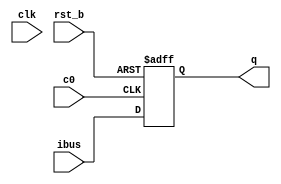
module reg_m(
  input clk, rst_b, c0, 
  input [7:0] ibus,
  output reg [7:0] q
);

always@(posedge c0, negedge rst_b) begin
  if(!rst_b)
    q <= 0;
  else if (c0)
    q <= ibus;
  end
endmodule